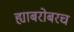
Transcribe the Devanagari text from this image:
ह्याबरोबरच